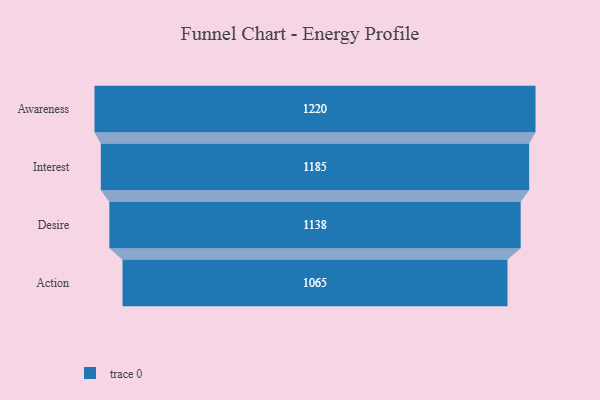
{"axis": {"x": "Stage", "y": "Value"}, "legend": [""], "data": [{"x": "Awareness", "y": 1220.0, "type": ""}, {"x": "Interest", "y": 1185.0, "type": ""}, {"x": "Desire", "y": 1138.0, "type": ""}, {"x": "Action", "y": 1065.0, "type": ""}]}